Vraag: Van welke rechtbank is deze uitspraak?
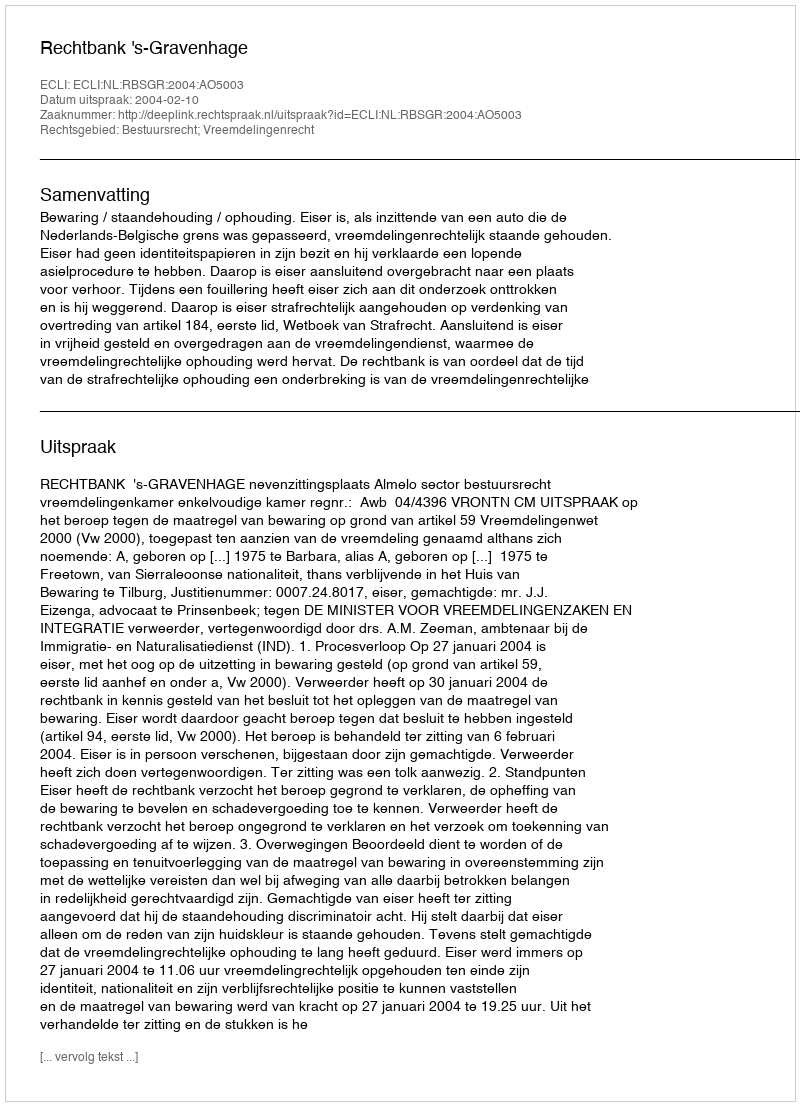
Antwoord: Rechtbank 's-Gravenhage